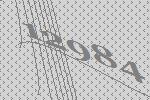
12984